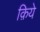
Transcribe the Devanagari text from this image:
क़िये